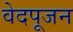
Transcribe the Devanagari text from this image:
वेदपूजन